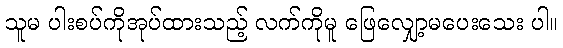
သူမ ပါးစပ်ကိုအုပ်ထားသည့် လက်ကိုမူ ဖြေလျှော့မပေးသေး ပါ။